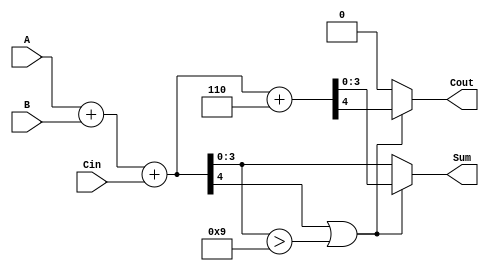
module BCD_Parallel_Adder (
    input  [3:0] A,      // First BCD digit
    input  [3:0] B,      // Second BCD digit
    input        Cin,     // Carry-in
    output reg [3:0] Sum, // Resulting BCD digit
    output reg Cout       // Carry-out
);

    wire [4:0] S;        // Intermediate sum (5 bits to accommodate overflow)
    wire correction_needed; // Flag for correction

    // Step 1: Calculate the initial sum
    assign S = A + B + Cin;

    // Step 2: Determine if correction is needed
    assign correction_needed = (S[4] || (S[3:0] > 4'b1001));

    // Step 3: Generate the final output
    always @(*) begin
        if (correction_needed) begin
            {Cout, Sum} = S + 5'b00110; // Add 6 for correction
        end else begin
            Cout = 1'b0;                // No carry out
            Sum = S[3:0];               // Valid BCD result
        end
    end

endmodule